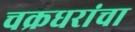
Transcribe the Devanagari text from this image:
चक्रधरांचा